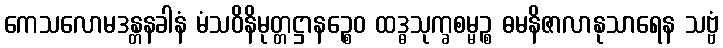
ကေသလောမဒန္တနခါနံ မံသဝိနိမုတ္တဋ္ဌာနဉ္စေဝ ထဒ္ဓသုက္ခစမ္မဉ္စ ဓမနိဇာလာနုသာရေန သဗ္ဗံ